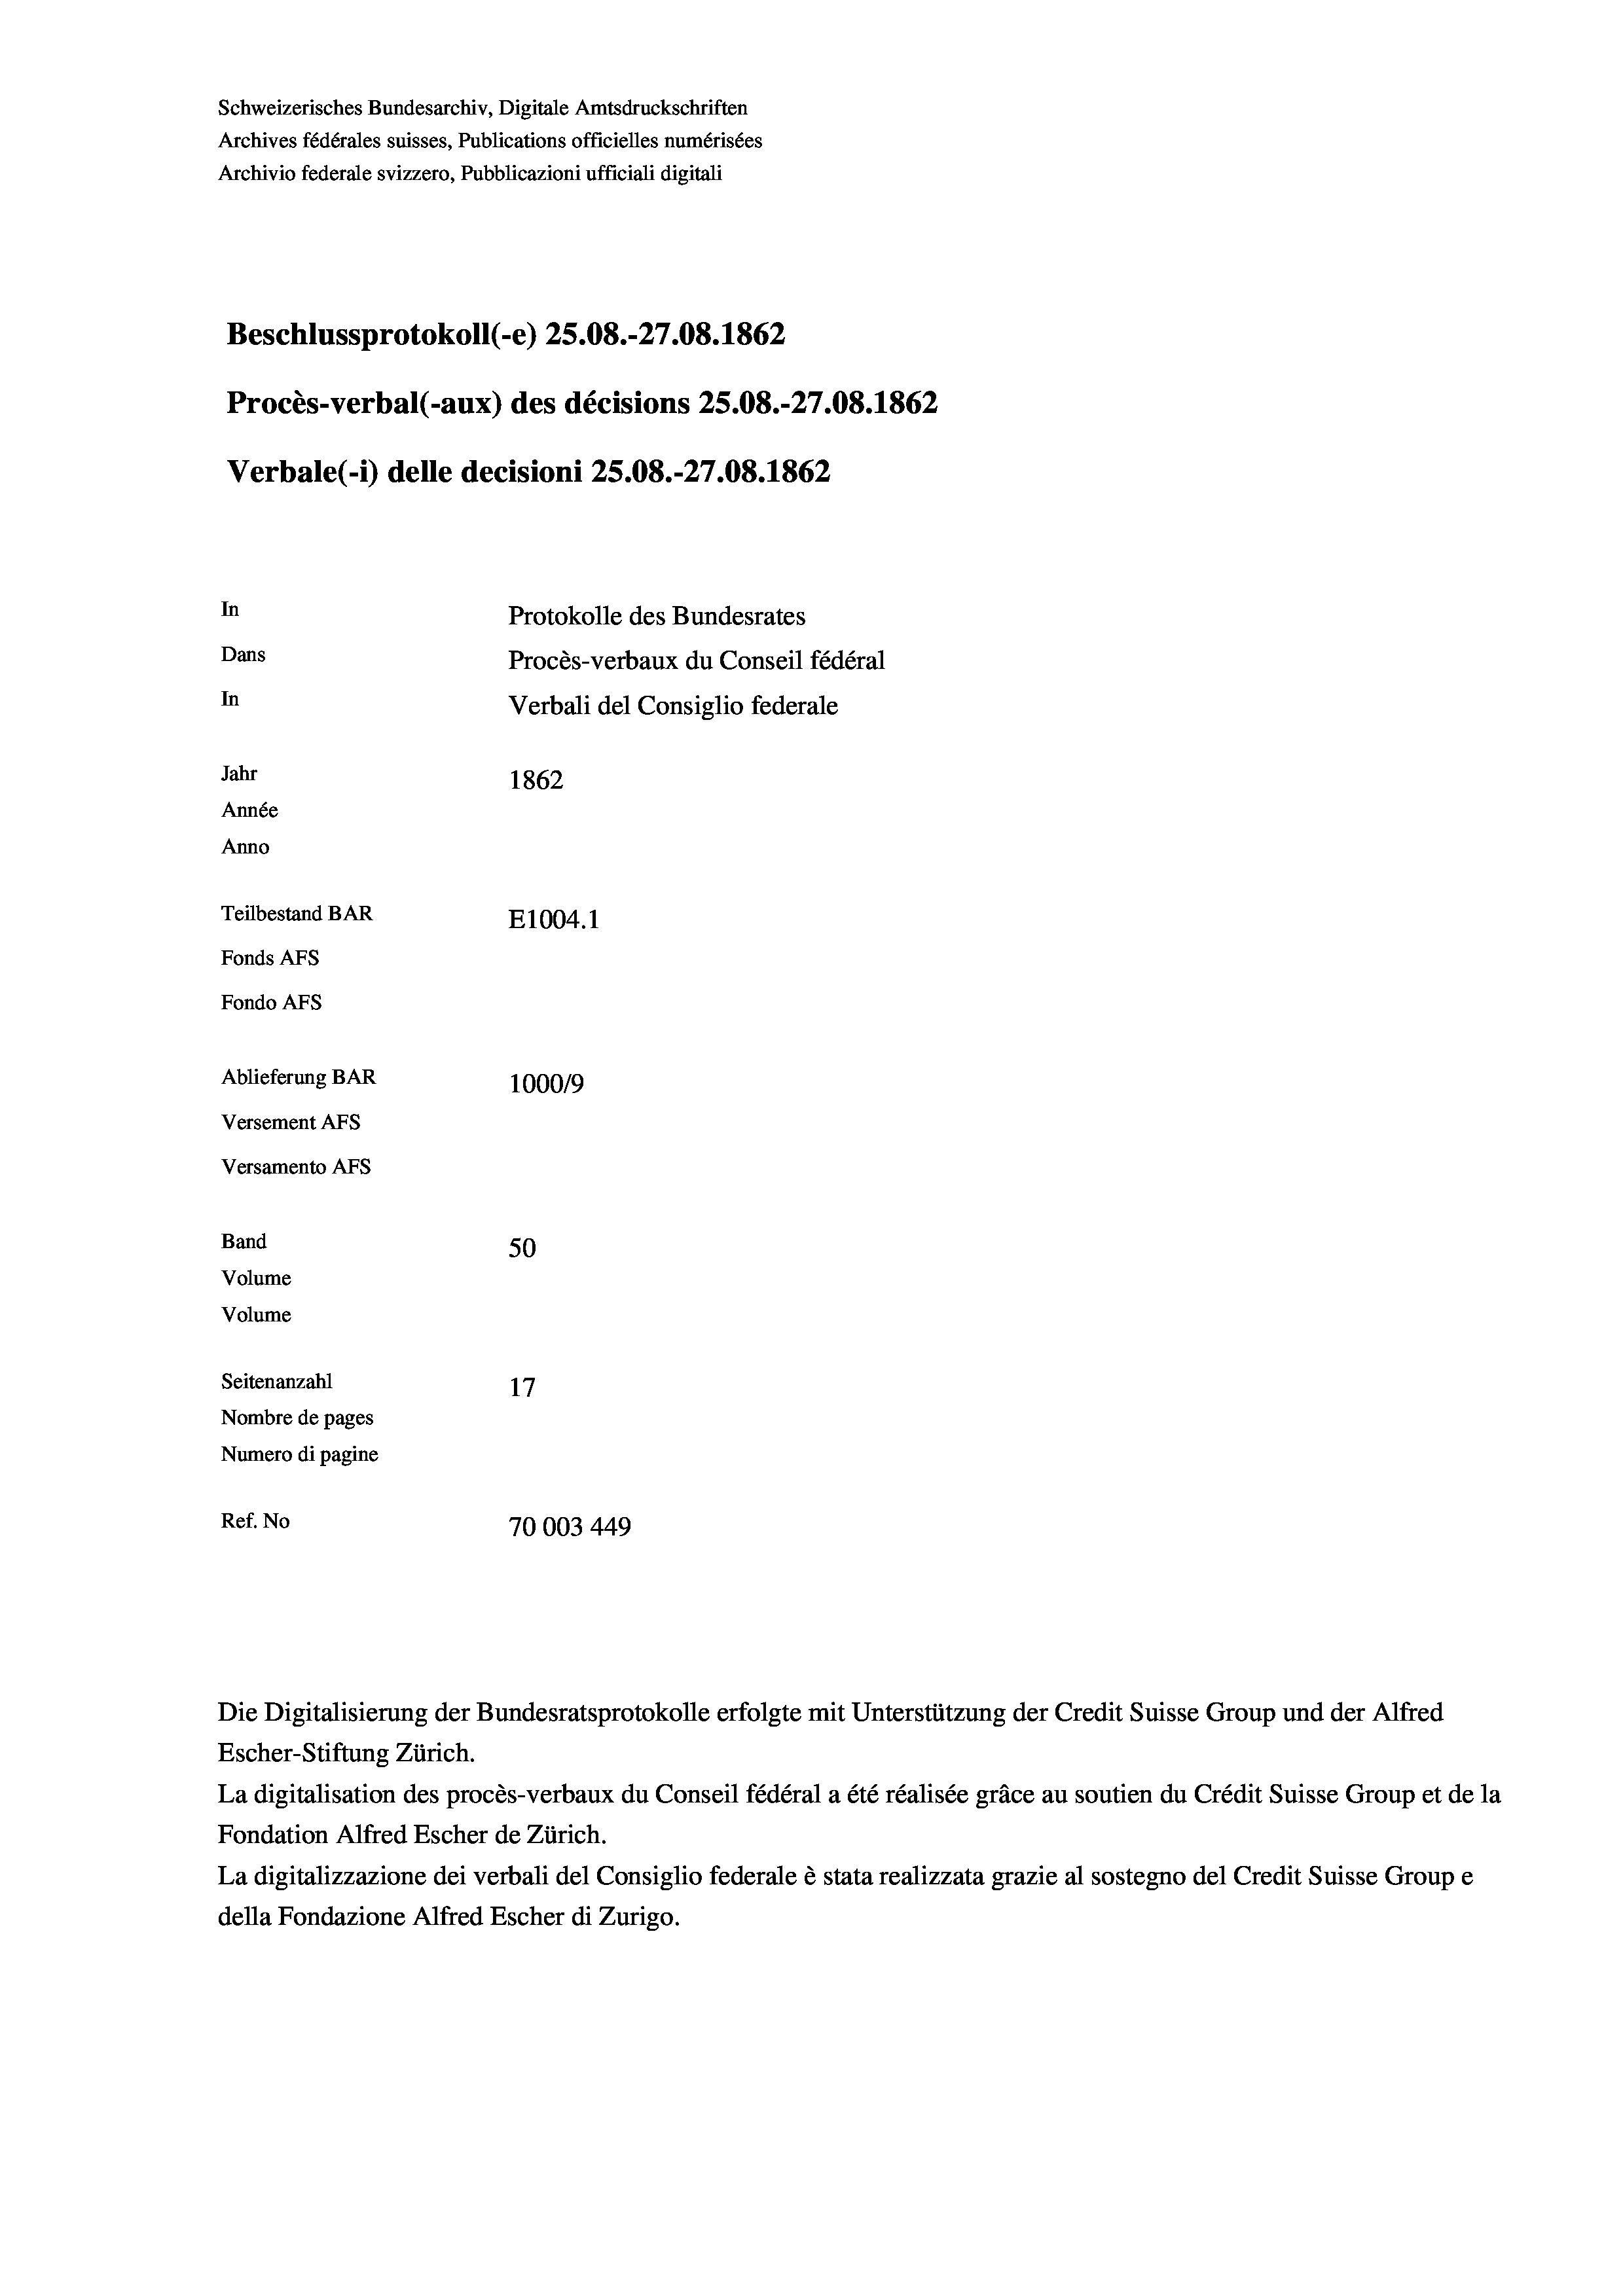
Schweizerisches Bundesarchiv, Digitale Amtsdruckschriften
Archives fédérales suisses, Publications officielles numérisées
Archivio federale svizzero, Pubblicazioni ufficiali digitali

Beschlussprotokoll (-e) 25.08.-27.08. 1862
Procès-verbal (-aux) des décisions 25.08.-27.08. 1862
In
Protokolle des Bundesrates
Dans
In
Jahr
1862
Année
Anno
Teilbestand BAR
E1004. 1
Fonds AFs
Fondo AFS
Ablieferung BAR
100019
Versement As
Versamento Afs

Band
Volume

Volume

Verbale (- 1) delle decisioni 25.08.-27.08. 1862

50
Seitenanzahl
17
Nombre de pages
Numero di pagine
Ref. No
70003 449

Procès-verbaux du Conseil fédéral
Verbali del Consiglio federale

Escher-Stiftung Zürich.
La digitalisation des procès-verbaux du Conseil fédéral a été réalisée gräce au soutien du Crédit Suisse Group et de la
Fondation Alfred Escher de Zürich.
La digitalizzazione dei verbali del Consiglio federale è stata realizzata grazie al sostegno del Credit Suisse Groupe
della Fondazione Alfred Escher di Zurigo.

Die Digitalisierung der Bundesratsprotokolle erfolgte mit Unterstützung der Credit Suisse Group und der Alfred